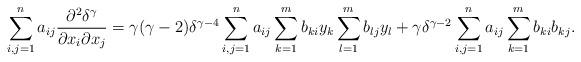
LaTeX: \begin{align*}\sum_{i,j=1}^n a_{ij}\frac{\partial^2\delta^\gamma}{\partial x_i\partial x_j}=\gamma(\gamma-2)\delta^{\gamma-4}\sum_{i,j=1}^n a_{ij}\sum_{k=1}^m b_{ki}y_k\sum_{l=1}^m b_{lj}y_l+\gamma\delta^{\gamma-2}\sum_{i,j=1}^n a_{ij}\sum_{k=1}^mb_{ki}b_{kj}.\end{align*}